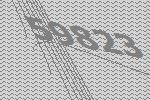
59823